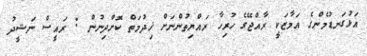
އަޅުގަނޑުމެންގެ އަމާޒަކީ ރާއްޖޭގެ ހުރިހާ ރައްޔިތުންނަށް ޚިދުމަތް ކޮށްދިނުން : ރައީސް ނަޝީދު